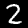
Label: 2